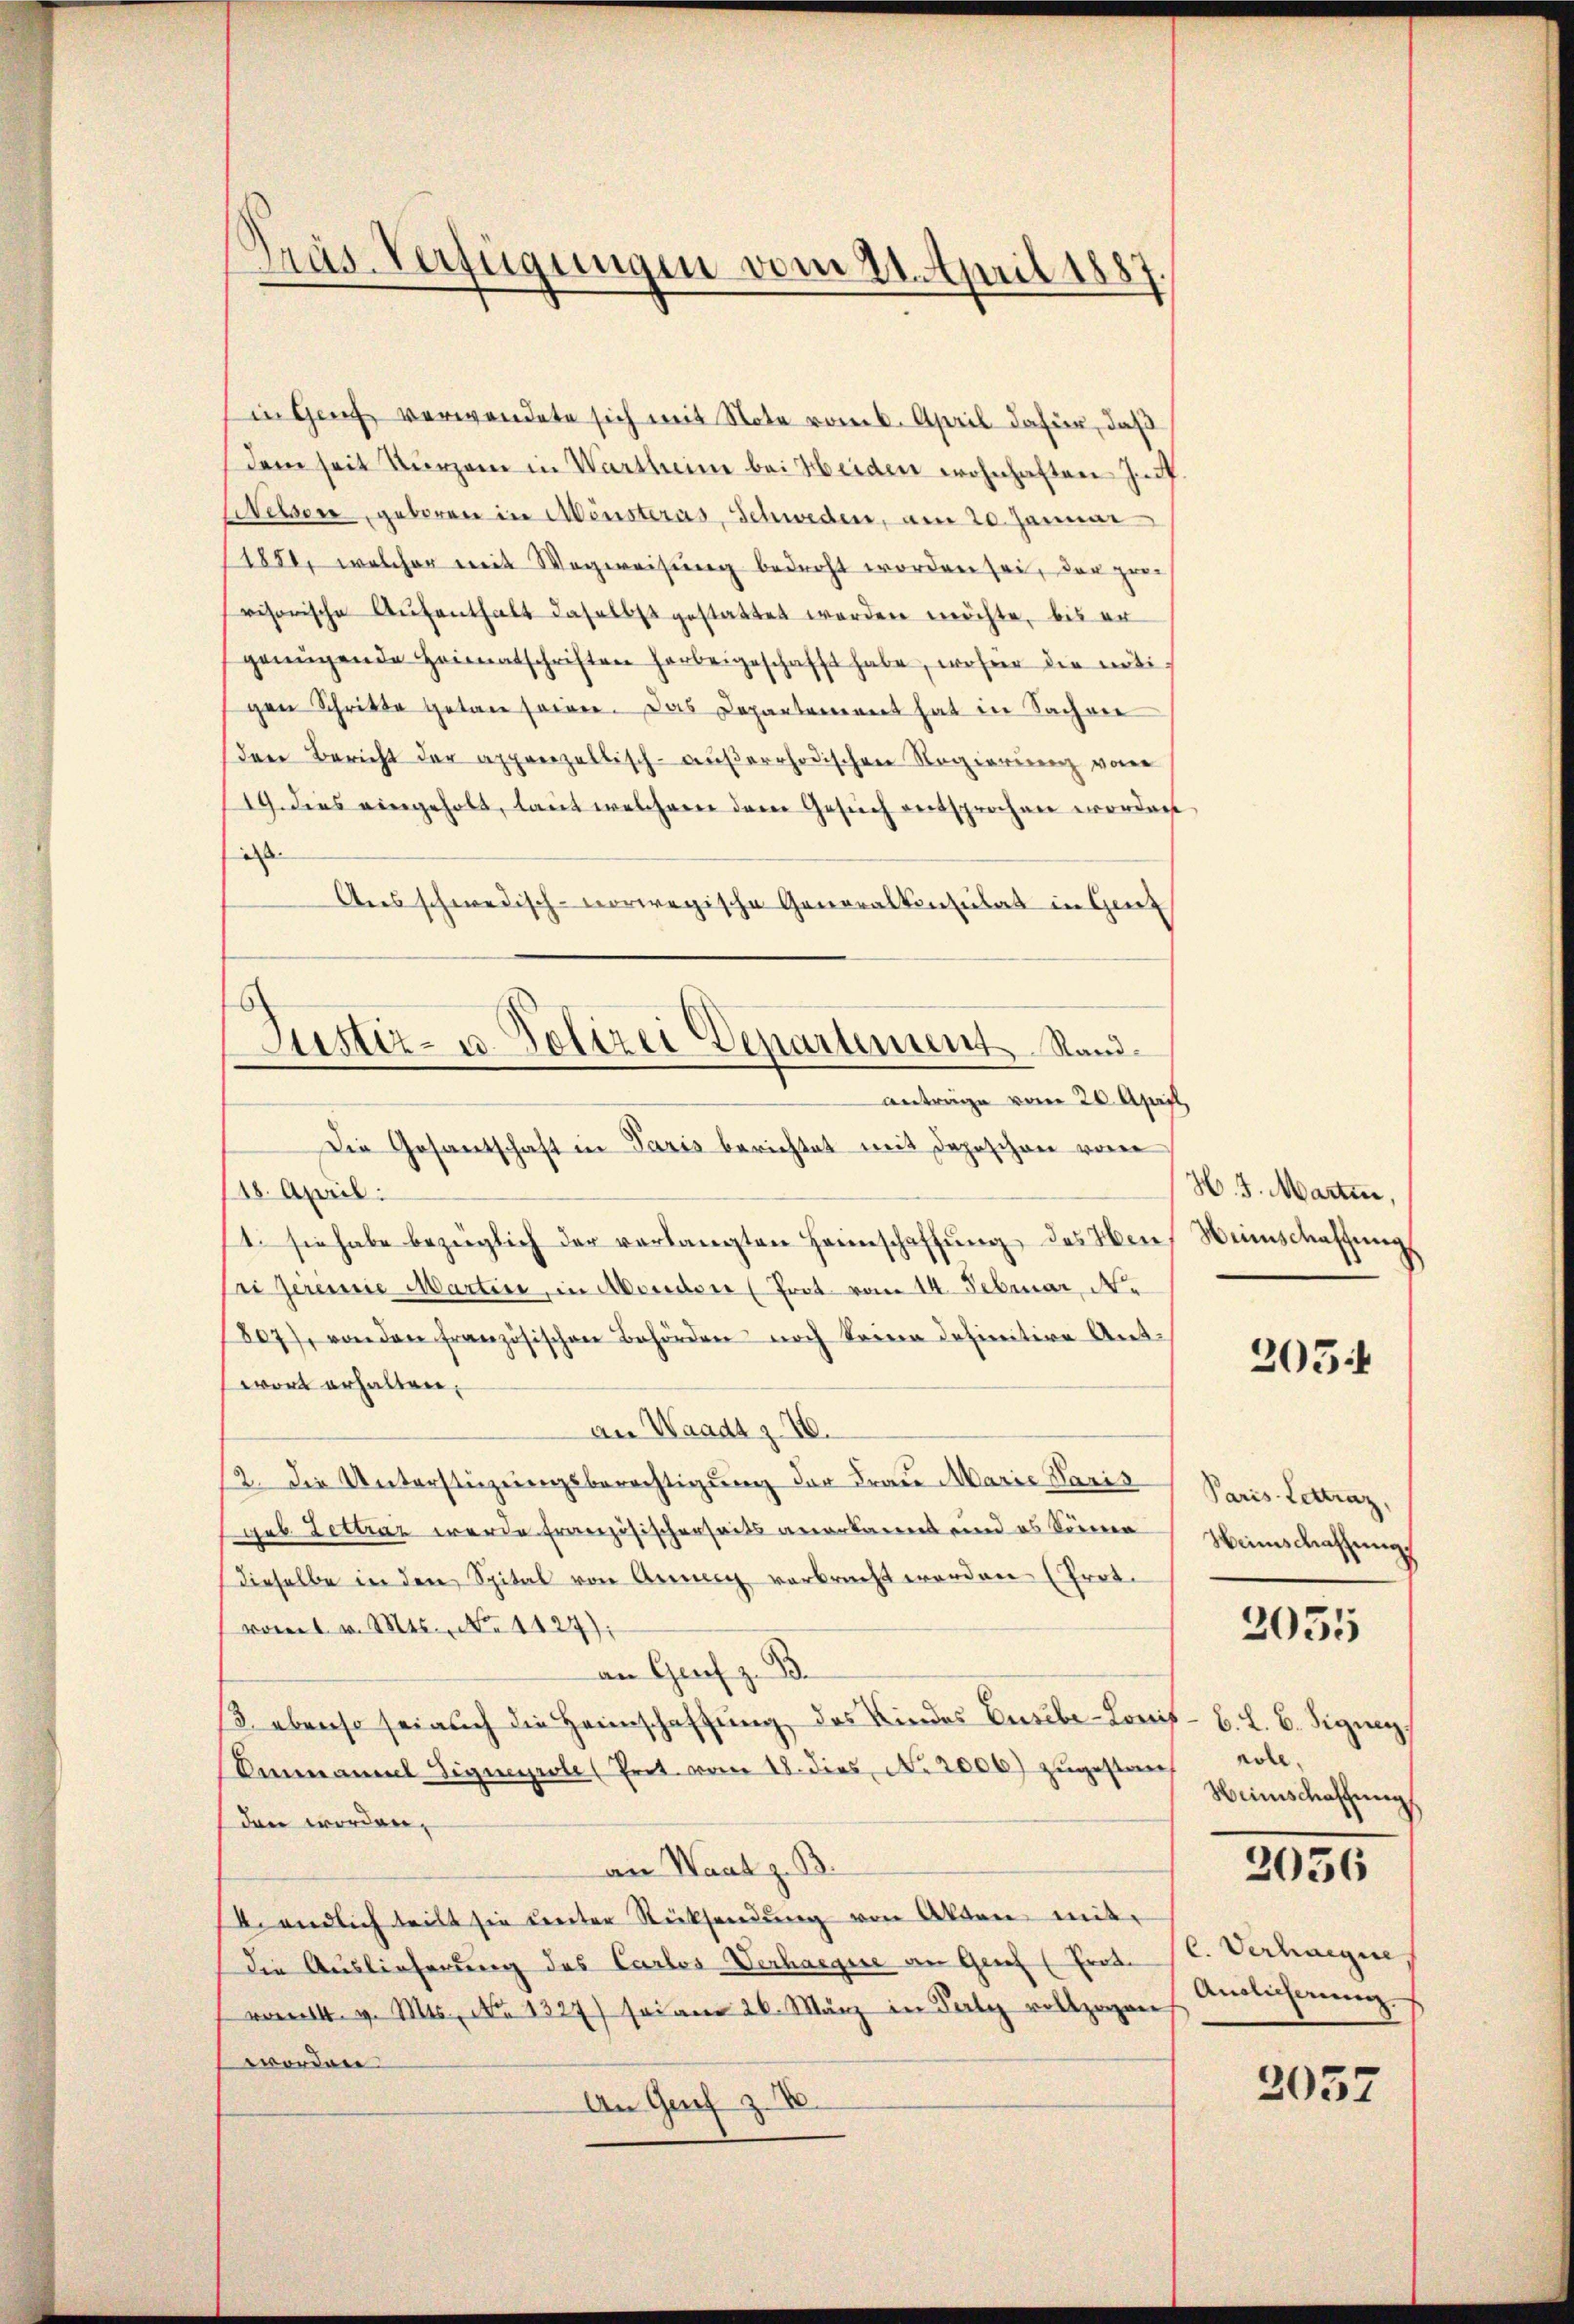
Präs. Verfügungen vom 21. April 1887.

in Genf verwendete sich mit Note vom 6. April dafür, daß
dem seit kurzem in Wartheim bei Heiden wohnhaften In
Welsen geboren in Mensteras, Schweden, am 20. Januar
1851, welcher mit Wegweisung bedroht worden sei, der zwei
visorische Aŭfenthalt daselbst gestattet werden möchte, bis er
genügende Heimatschriften herbeigeschafft habe, woher die nötigen Schritte getan seien. Das Departement hat in Sachen
den Bericht der appenzellisch-aŭβerrhodischen Regierung von
19. dies eingeholt, laut welchem dem Gesich entsprochen worden
d
Aus schwedisch-norwegische Generalkonsulat in Genf
Die Gesantschaft in Paris berichtet mit Depeschen von
18. April.
1. sie habe bezüglich der verlangten Heimschaffŭng des Men¬
Bei geremie Martin, in Abenden (Prot. vom 14. Februar Ne
807), von den französischen Behörden noch keine definitive Ant.
wort erhalten,
an Waadt z. 16.
2. Die Unterstüzungsberechtigung der Frau Marie Paris
das Lettraz werde Französischerseits anerkannt und es können
dieselbe in den Spital von Anne verbracht werden (Prot.
vom 1. v. Mts. No 1427);
an Graf z. B.
/3. ebenso sei auch die Heimschaffung des Kindes Eusibe-Konif
Senmanuel Signeyrole (Prot. vom 18. dies No. 2006) zugestan
den worden,
an Waatz. B.
6. endlich teilt sie unter Rücksendŭng von Alten mit
Die Auslieferung des Carlos Verhaegne an Genf (Frate
v. v. Mts. No 1327) sei am 26. März in Pely vollzogen
wordnen.
An Genf z

b
Justiz- u. Polizei Departement Randanträge vom 20. April,

H. 3. Martin,
Weinschaffung

205.

Paris - Lettraz,
Heimschaffung

3055

B. L. B. Signen,
role.
Weinschaffung
2056

C. Verhaegne
Anglicherung

3057